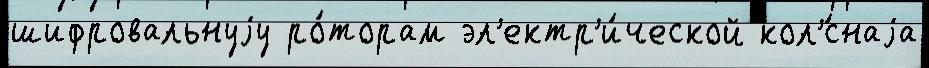
шифровальнуjу ро́торам эл'ектр'и́ческой кол'́снаjа